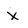
Character: x